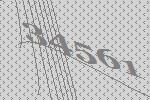
34561